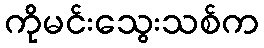
ကိုမင်းသွေးသစ်က